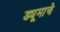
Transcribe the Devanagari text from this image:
ड्यूमाचे